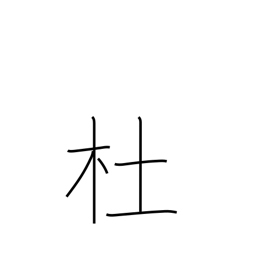
Meaning: grove